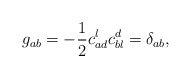
\begin{align*}g_{ab}=-\frac{1}{2}c^{l}_{ad}c^{d}_{bl}=\delta_{ab},\end{align*}